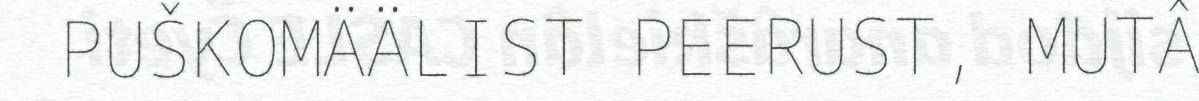
PUŠKOMÄÄLIST PEERUST, MUTÂ